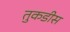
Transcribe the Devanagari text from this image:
तुकडीस